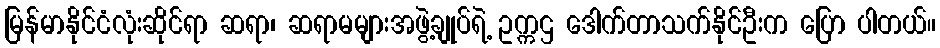
မြန်မာနိုင်ငံလုံးဆိုင်ရာ ဆရာ၊ ဆရာမများအဖွဲ့ချုပ်ရဲ့ ဥက္ကဌ ဒေါက်တာသက်နိုင်ဦးက ပြော ပါတယ်။